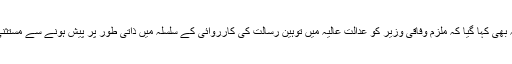
درخواست میں یہ بھی کہا گیا کہ ملزم وفاقی وزیر کو عدالت عالیہ میں توہین رسالت کی کارروائی کے سلسلہ میں ذاتی طور پر پیش ہونے سے مستثنیٰ قرار دیا جائے۔